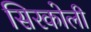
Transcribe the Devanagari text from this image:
सिरकोली